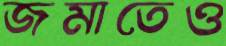
জমাতেও